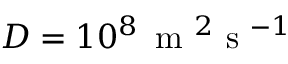
D = 1 0 ^ { 8 } \, \mathrm { ~ m ~ } ^ { 2 } \mathrm { ~ s ~ } ^ { - 1 }